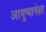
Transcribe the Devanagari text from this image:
आयुष्यापेक्षा